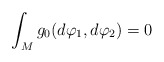
\begin{align*}\int_M g_0(d\varphi_1,d\varphi_2)=0\end{align*}